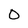
Character: O